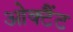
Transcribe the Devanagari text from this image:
ओक्टैंट